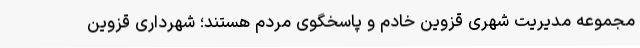
مجموعه مدیریت شهری قزوین خادم و پاسخگوی مردم هستند؛ شهرداری قزوین